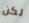
لكن